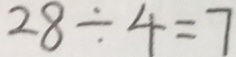
2 8 \div 4 = 7